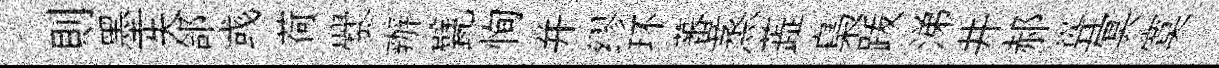
則墨失郃彧荷爨辦甓恂并缪环蕃蒸蕋梟䟦涕井郝聳冥寞